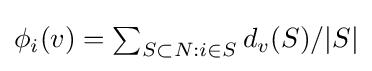
{\textstyle \phi _{i}(v)=\sum _{S\subset N:i\in S}{d_{v}(S)}/{|S|}}